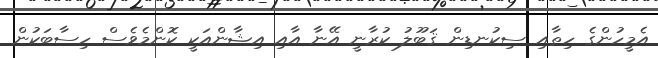
އެމީހުންގެ ހިތާއި ސިކުނޑިން ޤަބޫލު ކުރާނީ އޭނާ އާއި އިޝާންއަކީ ކޮންމެވެސް ހިސާބަކުން